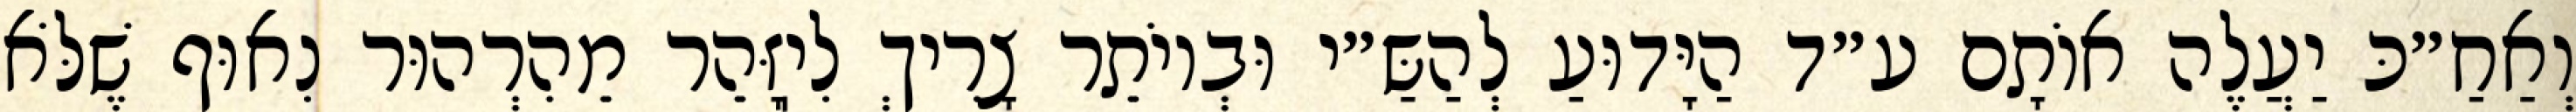
וְאַחַ״כּ יַעֲלֶה אוֹתָם ע״ד הַיָּדוּעַ לְהַשַּ״י וּבְיוֹתֵר צָרִיךְ לִיֽזָּהֵר מֵהִרְהוּר נִאוּף שֶׁלֹּא